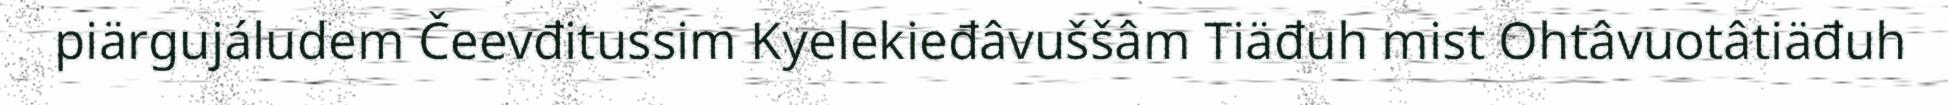
piärgujáludem Čeevđitussim Kyelekieđâvuššâm Tiäđuh mist Ohtâvuotâtiäđuh